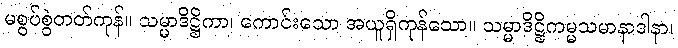
မစွပ်စွဲတတ်ကုန်။ သမ္မာဒိဋ္ဌိကာ၊ ကောင်းသော အယူရှိကုန်သော။ သမ္မာဒိဋ္ဌိကမ္မသမာနာဒါနာ၊